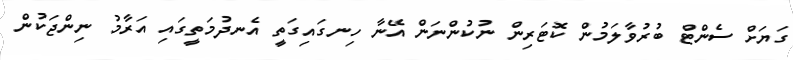
ގަޔަށް ސެންޓް ބުރުވާލަމުން ކޮޓަރިން ނުކުންނަން އޭނާ ހިނގައިގަތީ އެނދުމަތީގައި އަރާމު ނިންޖަކުން